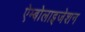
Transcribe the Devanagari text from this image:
ऐम्बोलाइजेशन